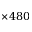
\times 4 8 0